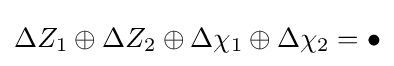
\Delta Z_{1}\oplus \Delta Z_{2}\oplus \Delta \chi _{1}\oplus \Delta \chi _{2}=\bullet